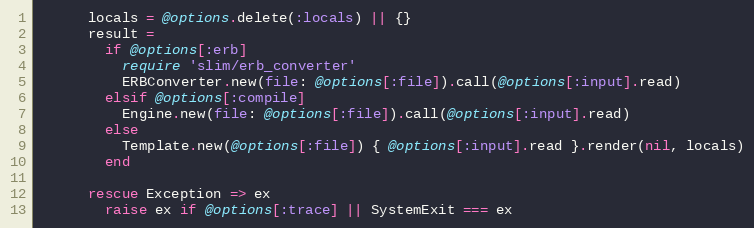
Language: Ruby
      locals = @options.delete(:locals) || {}
      result =
        if @options[:erb]
          require 'slim/erb_converter'
          ERBConverter.new(file: @options[:file]).call(@options[:input].read)
        elsif @options[:compile]
          Engine.new(file: @options[:file]).call(@options[:input].read)
        else
          Template.new(@options[:file]) { @options[:input].read }.render(nil, locals)
        end

      rescue Exception => ex
        raise ex if @options[:trace] || SystemExit === ex